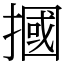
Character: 摑